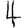
Digit: 4